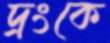
দ্রংকে